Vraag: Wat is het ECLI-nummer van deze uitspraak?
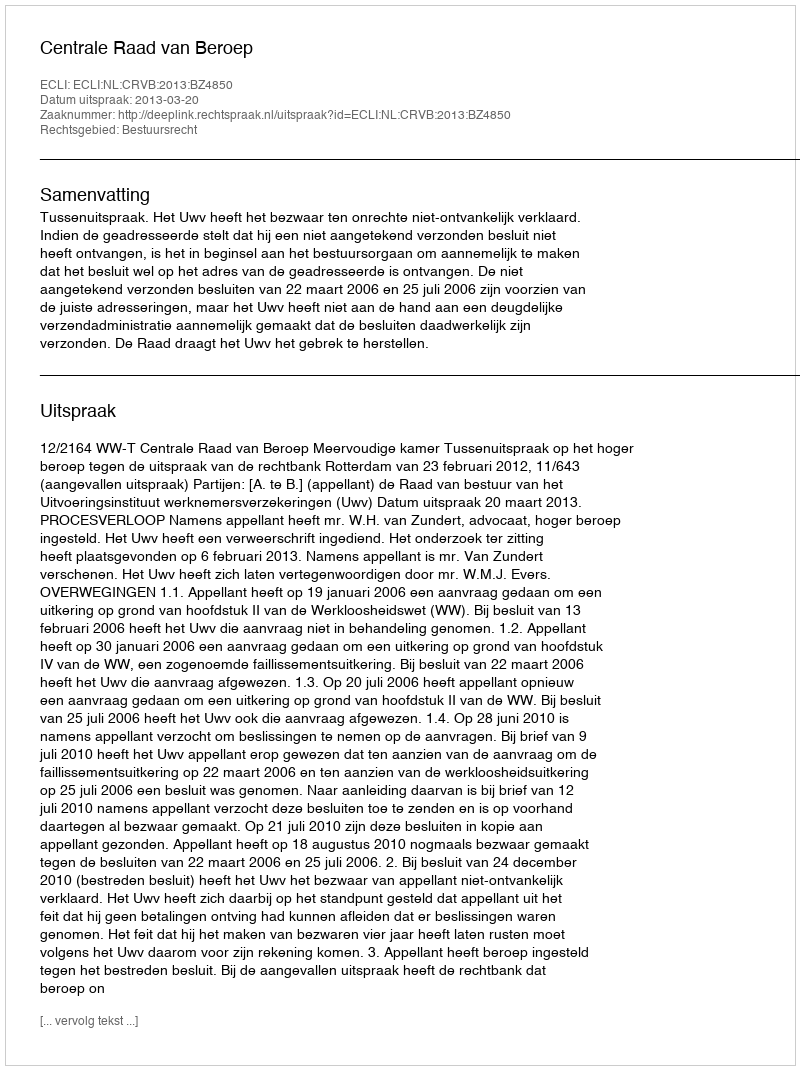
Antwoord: ECLI:NL:CRVB:2013:BZ4850